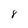
Character: 8